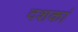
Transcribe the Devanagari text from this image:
दशकां